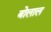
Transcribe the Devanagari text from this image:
बोलाल